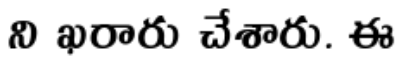
ని ఖరారు చేశారు. ఈ